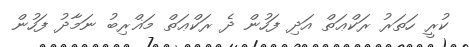
ކުރީ ހަތަރު ރަކްޢަތް އަދި ފަހުން ދެ ރަކްޢަތް މަޣްރިބު ނަމާދު ފަހުން